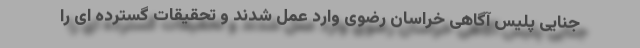
جنایی پلیس آگاهی خراسان رضوی وارد عمل شدند و تحقیقات گسترده ای را